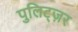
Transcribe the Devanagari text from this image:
पुलिट्ज़र